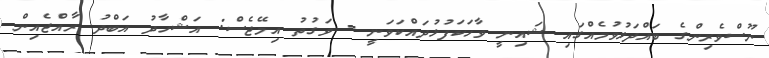
ނޫސްވެރިންގެ ބައްދަލުވުމެއްގައި ޝައިނީ ވާހަކަފުޅުދައްކަވަނީ - ވަގުތު އިމޭޖެސް: އަޝްހާދު އަބްދު ރާއްޖެއިން